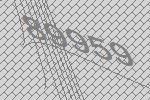
89959